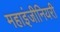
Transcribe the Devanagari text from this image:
महाइंजीनियरी